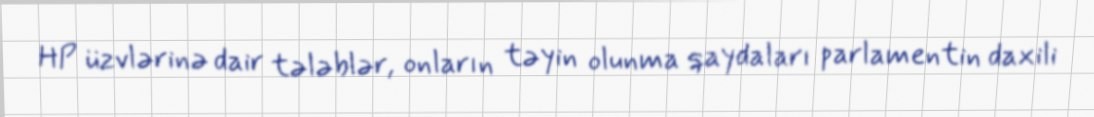
HP üzvlərinə dair tələblər, onların təyin olunma qaydaları parlamentin daxili